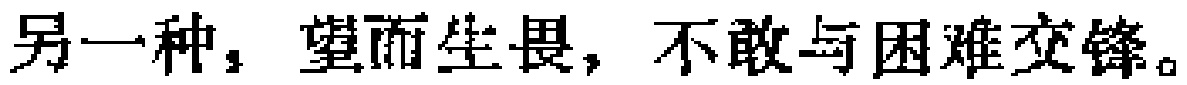
另一种，望而生畏，不敢与困难交锋。